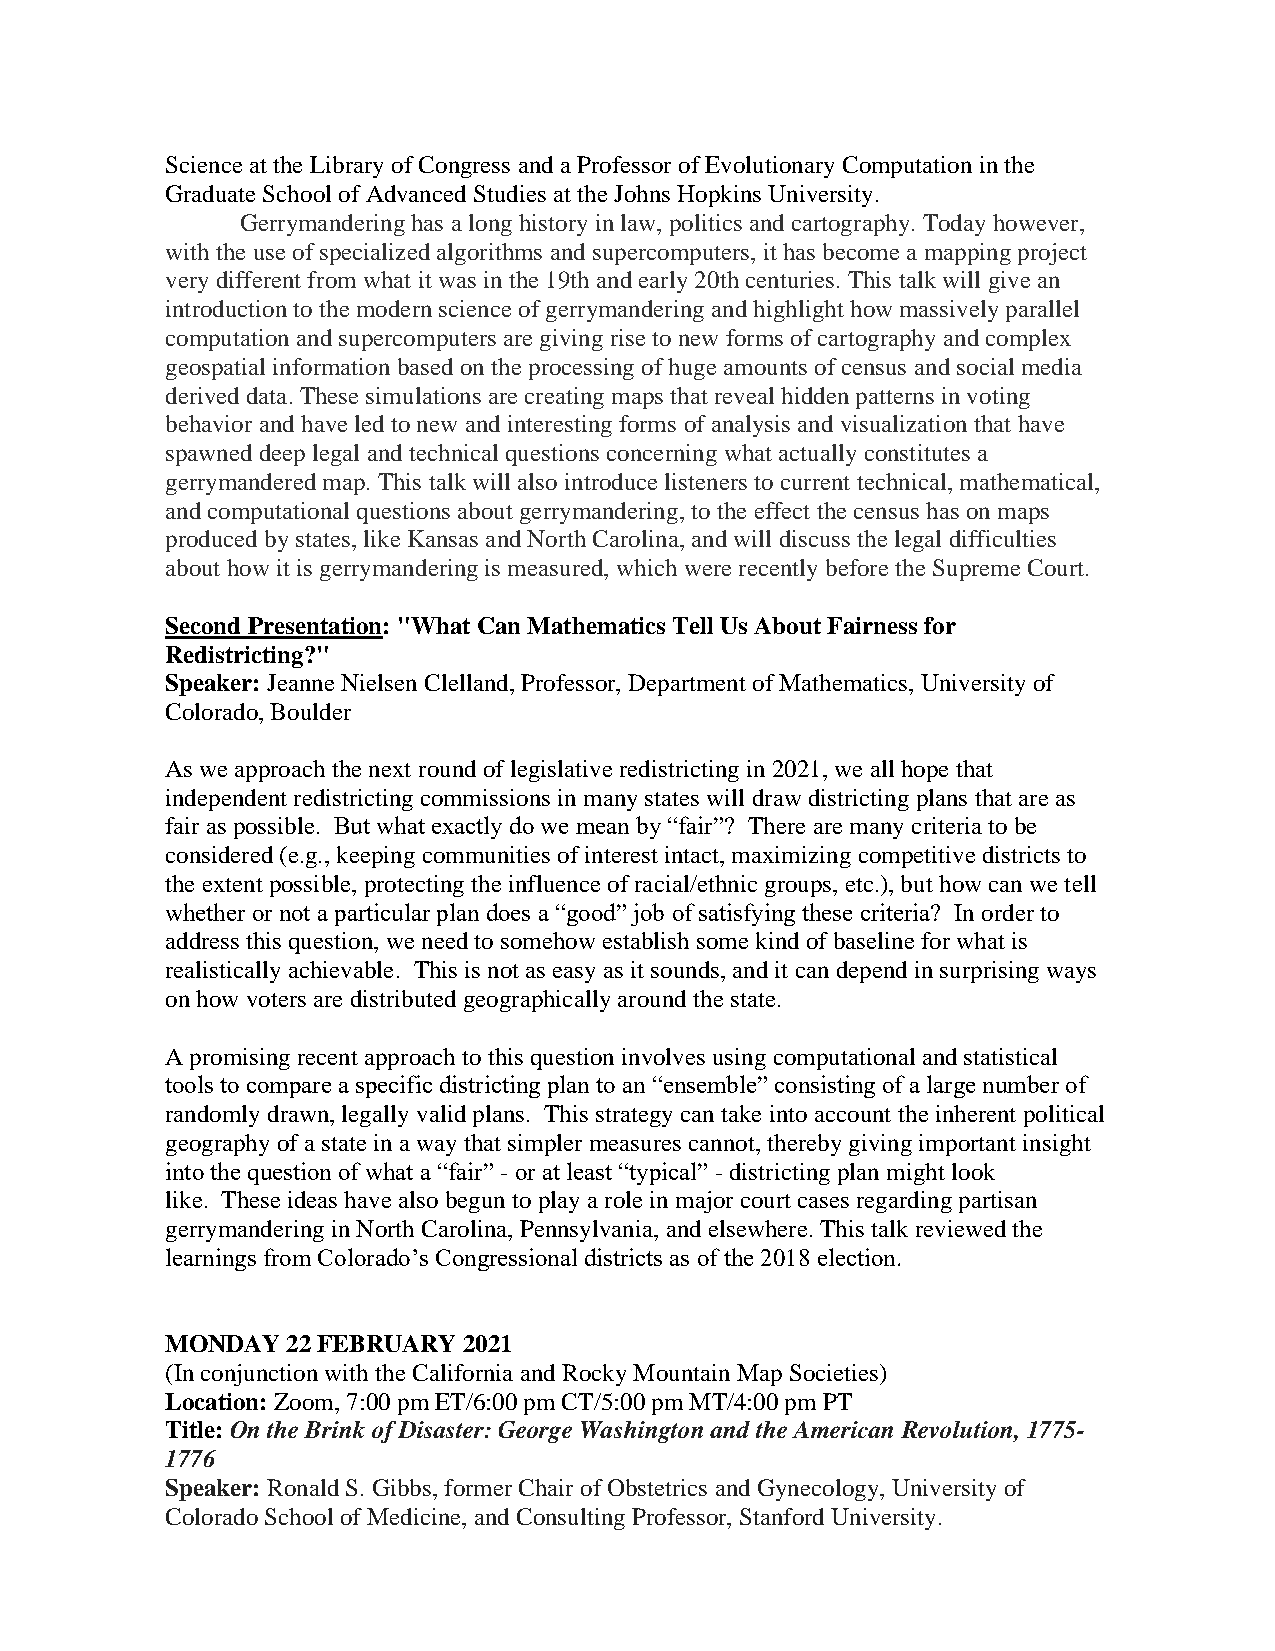
Science at the Library of Congress and a Professor of Evolutionary Computation in the
 Graduate School of Advanced Studies at the Johns Hopkins University.
 Gerrymandering has a long history in law, politics and cartography. Today however,
 with the use of specialized algorithms and supercomputers, it has become a mapping project
 very different from what it was in the 19th and early 20th centuries. This talk will give an
 introduction to the modern science of gerrymandering and highlight how massively parallel
 computation and supercomputers are giving rise to new forms of cartography and complex
 geospatial information based on the processing of huge amounts of census and social media
 derived data. These simulations are creating maps that reveal hidden patterns in voting
 behavior and have led to new and interesting forms of analysis and visualization that have
 spawned deep legal and technical questions concerning what actually constitutes a
 gerrymandered map. This talk will also introduce listeners to current technical, mathematical,
 and computational questions about gerrymandering, to the effect the census has on maps
 produced by states, like Kansas and North Carolina, and will discuss the legal difficulties
 about how it is gerrymandering is measured, which were recently before the Supreme Court.
 Second Presentation: "What Can Mathematics Tell Us About Fairness for
 Redistricting?"
 Speaker: Jeanne Nielsen Clelland, Professor, Department of Mathematics, University of
 Colorado, Boulder
 A s we approach the next round of legislative redistricting in 2021, we all hope that
 independent redistricting commissions in many states will draw districting plans that are as
 fair as possible. But what exactly do we mean by “fair”? There are many criteria to be
 considered (e.g., keeping communities of interest intact, maximizing competitive districts to
 the extent possible, protecting the influence of racial/ethnic groups, etc.), but how can we tell
 whether or not a particular plan does a “good” job of satisfying these criteria? In order to
 address this question, we need to somehow establish some kind of baseline for what is
 realistically achievable. This is not as easy as it sounds, and it can depend in surprising ways
 on how voters are distributed geographically around the state.
 A promising recent approach to this question involves using computational and statistical
 tools to compare a specific districting plan to an “ensemble” consisting of a large number of
 randomly drawn, legally valid plans. This strategy can take into account the inherent political
 geography of a state in a way that simpler measures cannot, thereby giving important insight
 into the question of what a “fair” - or at least “typical” - districting plan might look
 like. These ideas have also begun to play a role in major court cases regarding partisan
 gerrymandering in North Carolina, Pennsylvania, and elsewhere. This talk reviewed the
 learnings from Colorado’s Congressional districts as of the 2018 election.
 MONDAY  22 FEBRUARY 2021
 (In conjunction with the California and Rocky Mountain Map Societies)
 Location: Zoom, 7:00 pm ET/6:00 pm CT/5:00 pm MT/4:00 pm PT
 Title: On the Brink of Disaster: George Washington and the American Revolution, 1775-
 1776
 Speaker: Ronald S. Gibbs, former Chair of Obstetrics and Gynecology, University of
 Colorado School of Medicine, and Consulting Professor, Stanford University.